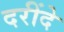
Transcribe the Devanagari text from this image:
दरींदे